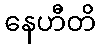
နေဟီတိ